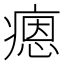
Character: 𤹕